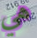
هي